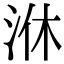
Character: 㳜